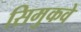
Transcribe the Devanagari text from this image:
सिमुकवे